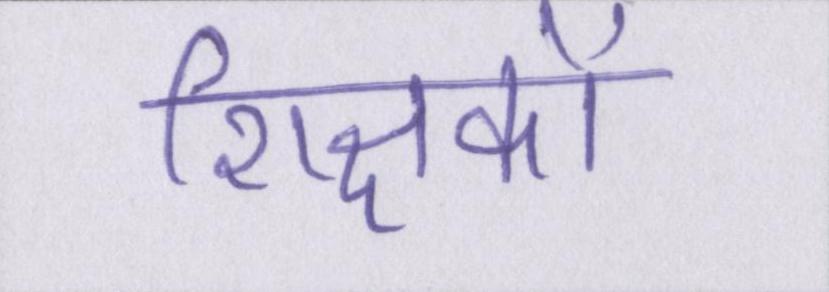
शिक्षकों